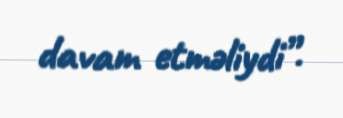
davam etməliydi”.